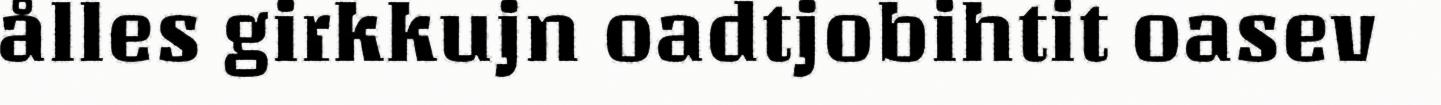
ålles girkkujn oadtjobihtit oasev